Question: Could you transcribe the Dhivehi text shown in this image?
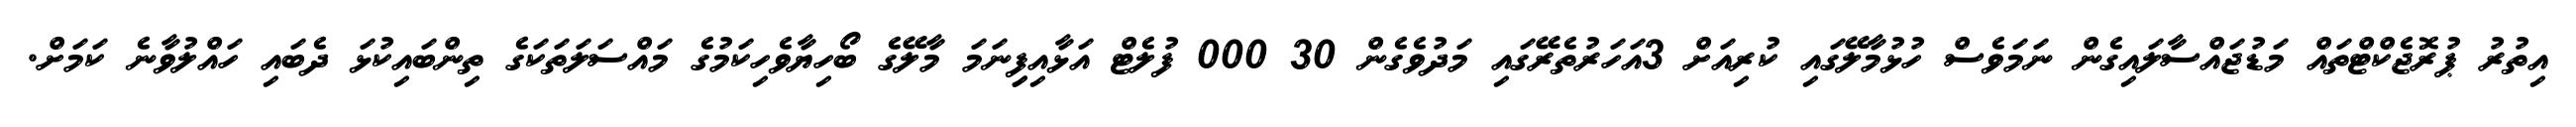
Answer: އިތުރު ޕުރޮޖެކްޓްތައް މަޑުޖައްސާލައިގެން ނަމަވެސް ހުޅުމާލޭގައި ކުރިއަށް 3އަހަރުތެރޭގައި މަދުވެގެން 30 000 ފުލެޓް އަޅާއިފިިނަމަ މާލޭގެ ބޯހިޔާވެހިކަމުގެ މައްސަލަތަކަގެ ތިންބައިކުޅަ ދެބައި ހައްލުވާނެ ކަމަށް.